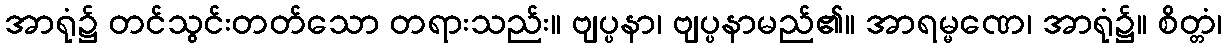
အာရုံ၌ တင်သွင်းတတ်သော တရားသည်း။ ဗျပ္ပနာ၊ ဗျပ္ပနာမည်၏။ အာရမ္မဏေ၊ အာရုံ၌။ စိတ္တံ၊